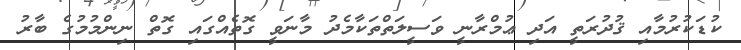
ކުޑަކުރުމާއި ޤުދުރަތީ އަދި ޢުމްރާނީ ވަސީލަތްތަކާމެދު މާނަވީ ގޮތެއްގައި ގޮތް ނިންމުމުގެ ބާރު